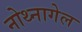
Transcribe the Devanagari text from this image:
नोथ्नागेल